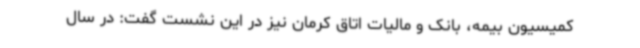
کمیسیون بیمه، بانک و مالیات اتاق کرمان نیز در این نشست گفت: در سال